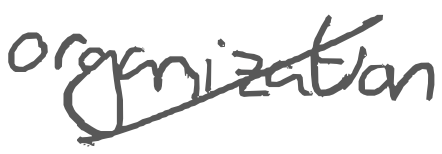
Text: organization
Cross-out: diagonal
Writing tool: digital_gray